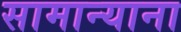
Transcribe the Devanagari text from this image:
सामान्याना